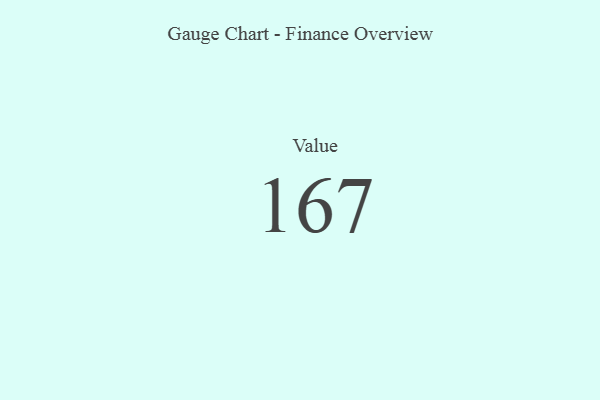
{"axis": {"x": "Metric", "y": "Value"}, "legend": [""], "data": [{"x": "Value", "y": 167, "type": ""}]}